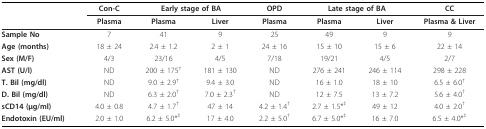
<table><thead><tr><td></td><td><b>Con-C</b></td><td colspan="2"><b>Early stage of BA</b></td><td><b>OPD</b></td><td colspan="2"><b>Late stage of BA</b></td><td><b>CC</b></td></tr><tr><td></td><td><b>Plasma</b></td><td><b>Plasma</b></td><td><b>Liver</b></td><td><b>Plasma</b></td><td><b>Plasma</b></td><td><b>Liver</b></td><td><b>Plasma &amp; Liver</b></td></tr></thead><tbody><tr><td><b>Sample No</b></td><td>7</td><td>41</td><td>9</td><td>25</td><td>49</td><td>9</td><td>9</td></tr><tr><td><b>Age (months)</b></td><td>18 ± 24</td><td>2.4 ± 1.2</td><td>2 ± 1</td><td>24 ± 16</td><td>15 ± 10</td><td>15 ± 6</td><td>22 ± 14</td></tr><tr><td><b>Sex (M/F)</b></td><td>4/3</td><td>23/16</td><td>4/5</td><td>7/18</td><td>19/21</td><td>4/5</td><td>2/7</td></tr><tr><td><b>AST (U/l)</b></td><td>ND</td><td>200 ± 175<sup>†</sup></td><td>181 ± 130</td><td>ND</td><td>276 ± 241</td><td>246 ± 114</td><td>298 ± 228</td></tr><tr><td><b>T. Bil (mg/dl)</b></td><td>ND</td><td>9.0 ± 2.9<sup>†</sup></td><td>9.4 ± 3.0</td><td>ND</td><td>16 ± 1.0</td><td>18 ± 10</td><td>6.5 ± 6.0<sup>†</sup></td></tr><tr><td><b>D. Bil (mg/dl)</b></td><td>ND</td><td>6.3 ± 2.0<sup>†</sup></td><td>7.0 ± 2.3<sup>†</sup></td><td>ND</td><td>12 ± 7.5</td><td>13 ± 7.2</td><td>5.6 ± 4.0<sup>†</sup></td></tr><tr><td><b>sCD14 (μg/ml)</b></td><td>4.0 ± 0.8</td><td>4.7 ± 1.7<sup>†</sup></td><td>47 ± 14</td><td>4.2 ± 1.4<sup>†</sup></td><td>2.7 ± 1.5*<sup>‡</sup></td><td>49 ± 12</td><td>4.0 ± 2.0<sup>†</sup></td></tr><tr><td><b>Endotoxin (EU/ml)</b></td><td>2.0 ± 1.0</td><td>6.2 ± 5.0*<sup>‡</sup></td><td>17 ± 4.0</td><td>2.2 ± 5.0<sup>†</sup></td><td>6.7 ± 5.0*<sup>‡</sup></td><td>16 ± 7.0</td><td>6.5 ± 4.0*<sup>‡</sup></td></tr></tbody></table>